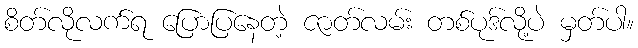
စိတ်လိုလက်ရ ပြောပြနေတဲ့ ဇာတ်လမ်း တစ်ပုဒ်လို့ပဲ မှတ်ပါ။